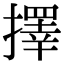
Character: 擇